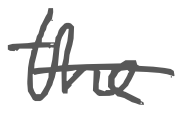
Text: the
Cross-out: mix
Writing tool: digital_gray